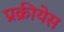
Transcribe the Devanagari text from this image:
प्रक्रीयेस